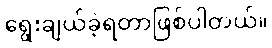
ရွေးချယ်ခဲ့ရတာဖြစ်ပါတယ်။